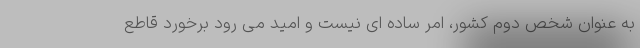
به عنوان شخص دوم کشور، امر ساده ای نیست و امید می رود برخورد قاطع